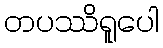
တပဿိရူပေါ